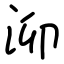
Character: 泖